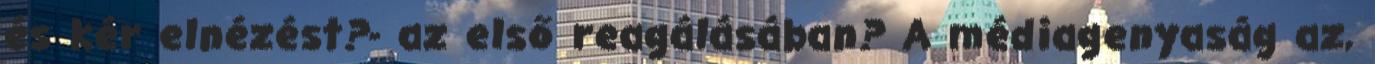
és kér elnézést?- az első reagálásában? A médiagenyaság az,